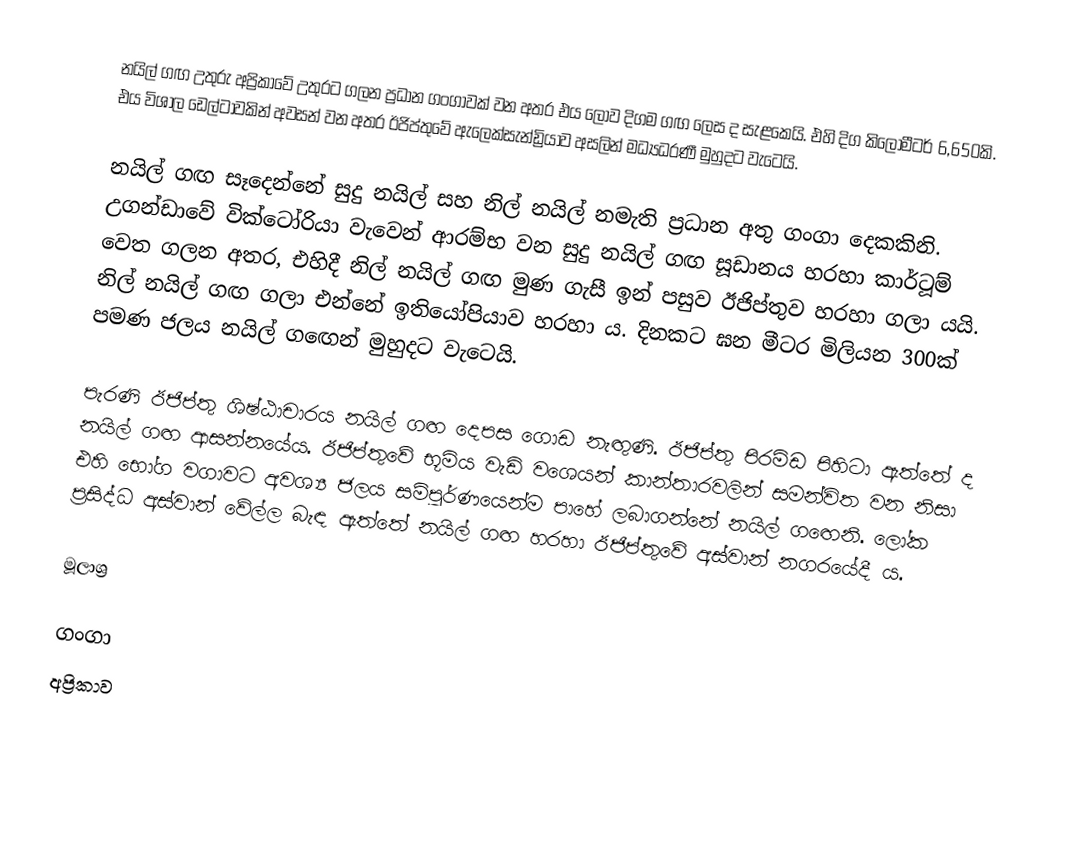
නයිල් ගඟ උතුරු අප්‍රිකාවේ උතුරට ගලන ප්‍රධාන ගංගාවක් වන අතර එය ලොව දිගම ගඟ ලෙස ද සැළකෙයි. එහි දිග කිලෝමීටර් 6,650කි. එය විශාල ඩෙල්ටාවකින් අවසන් වන අතර ඊජිප්තුවේ ඇලෙක්සැන්ඩ්‍රියාව අසලින් මධ්‍යධරණී මුහුදට වැටෙයි.

නයිල් ගඟ සෑදෙන්නේ සුදු නයිල් සහ නිල් නයිල් නමැති ප්‍රධාන අතු ගංගා දෙකකිනි. උගන්ඩාවේ වික්ටෝරියා වැවෙන් ආරම්භ වන සුදු නයිල් ගඟ සූඩානය හරහා කාර්ටූම් වෙත ගලන අතර, එහිදී නිල් නයිල් ගඟ මුණ ගැසී ඉන් පසුව ඊජිප්තුව හරහා ගලා යයි. නිල් නයිල් ගඟ ගලා එන්නේ ඉතියෝපියාව හරහා ය. දිනකට ඝන මීටර මිලියන 300ක් පමණ ජලය නයිල් ගඟෙන් මුහුදට වැටෙයි.

පැරණි ඊජිප්තු ශිෂ්ඨාචාරය නයිල් ගඟ දෙපස ගොඩ නැඟුණි. ඊජිප්තු පිරමිඩ පිහිටා ඇත්තේ ද නයිල් ගඟ ආසන්නයේය. ඊජිප්තුවේ භූමිය වැඩි වශෙයන් කාන්තාරවලින් සමන්විත වන නිසා එහි භෝග වගාවට අවශ්‍ය ජලය සම්පූර්ණයෙන්ම පාහේ ලබාගන්නේ නයිල් ගඟෙනි. ලෝක ප්‍රසිද්ධ අස්වාන් වේල්ල බැඳ ඇත්තේ නයිල් ගඟ හරහා ඊජිප්තුවේ අස්වාන් නගරයේදී ය.

මූලාශ්‍ර

ගංගා
අප්‍රිකාව